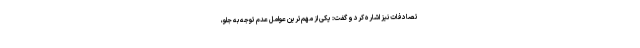
تصادفات نیز اشاره کرد و گفت:‌ یکی از مهم‌ترین عواملِ عدم توجه به جلو،